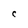
Character: c